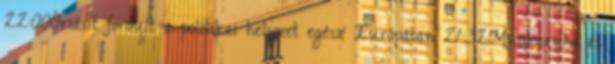
22:00Óriásit fordult a politikai helyzet egész Európában 21:32Munkaruha és